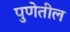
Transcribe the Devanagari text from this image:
पुणेतील